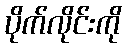
ပိုက်လိုင်းကို